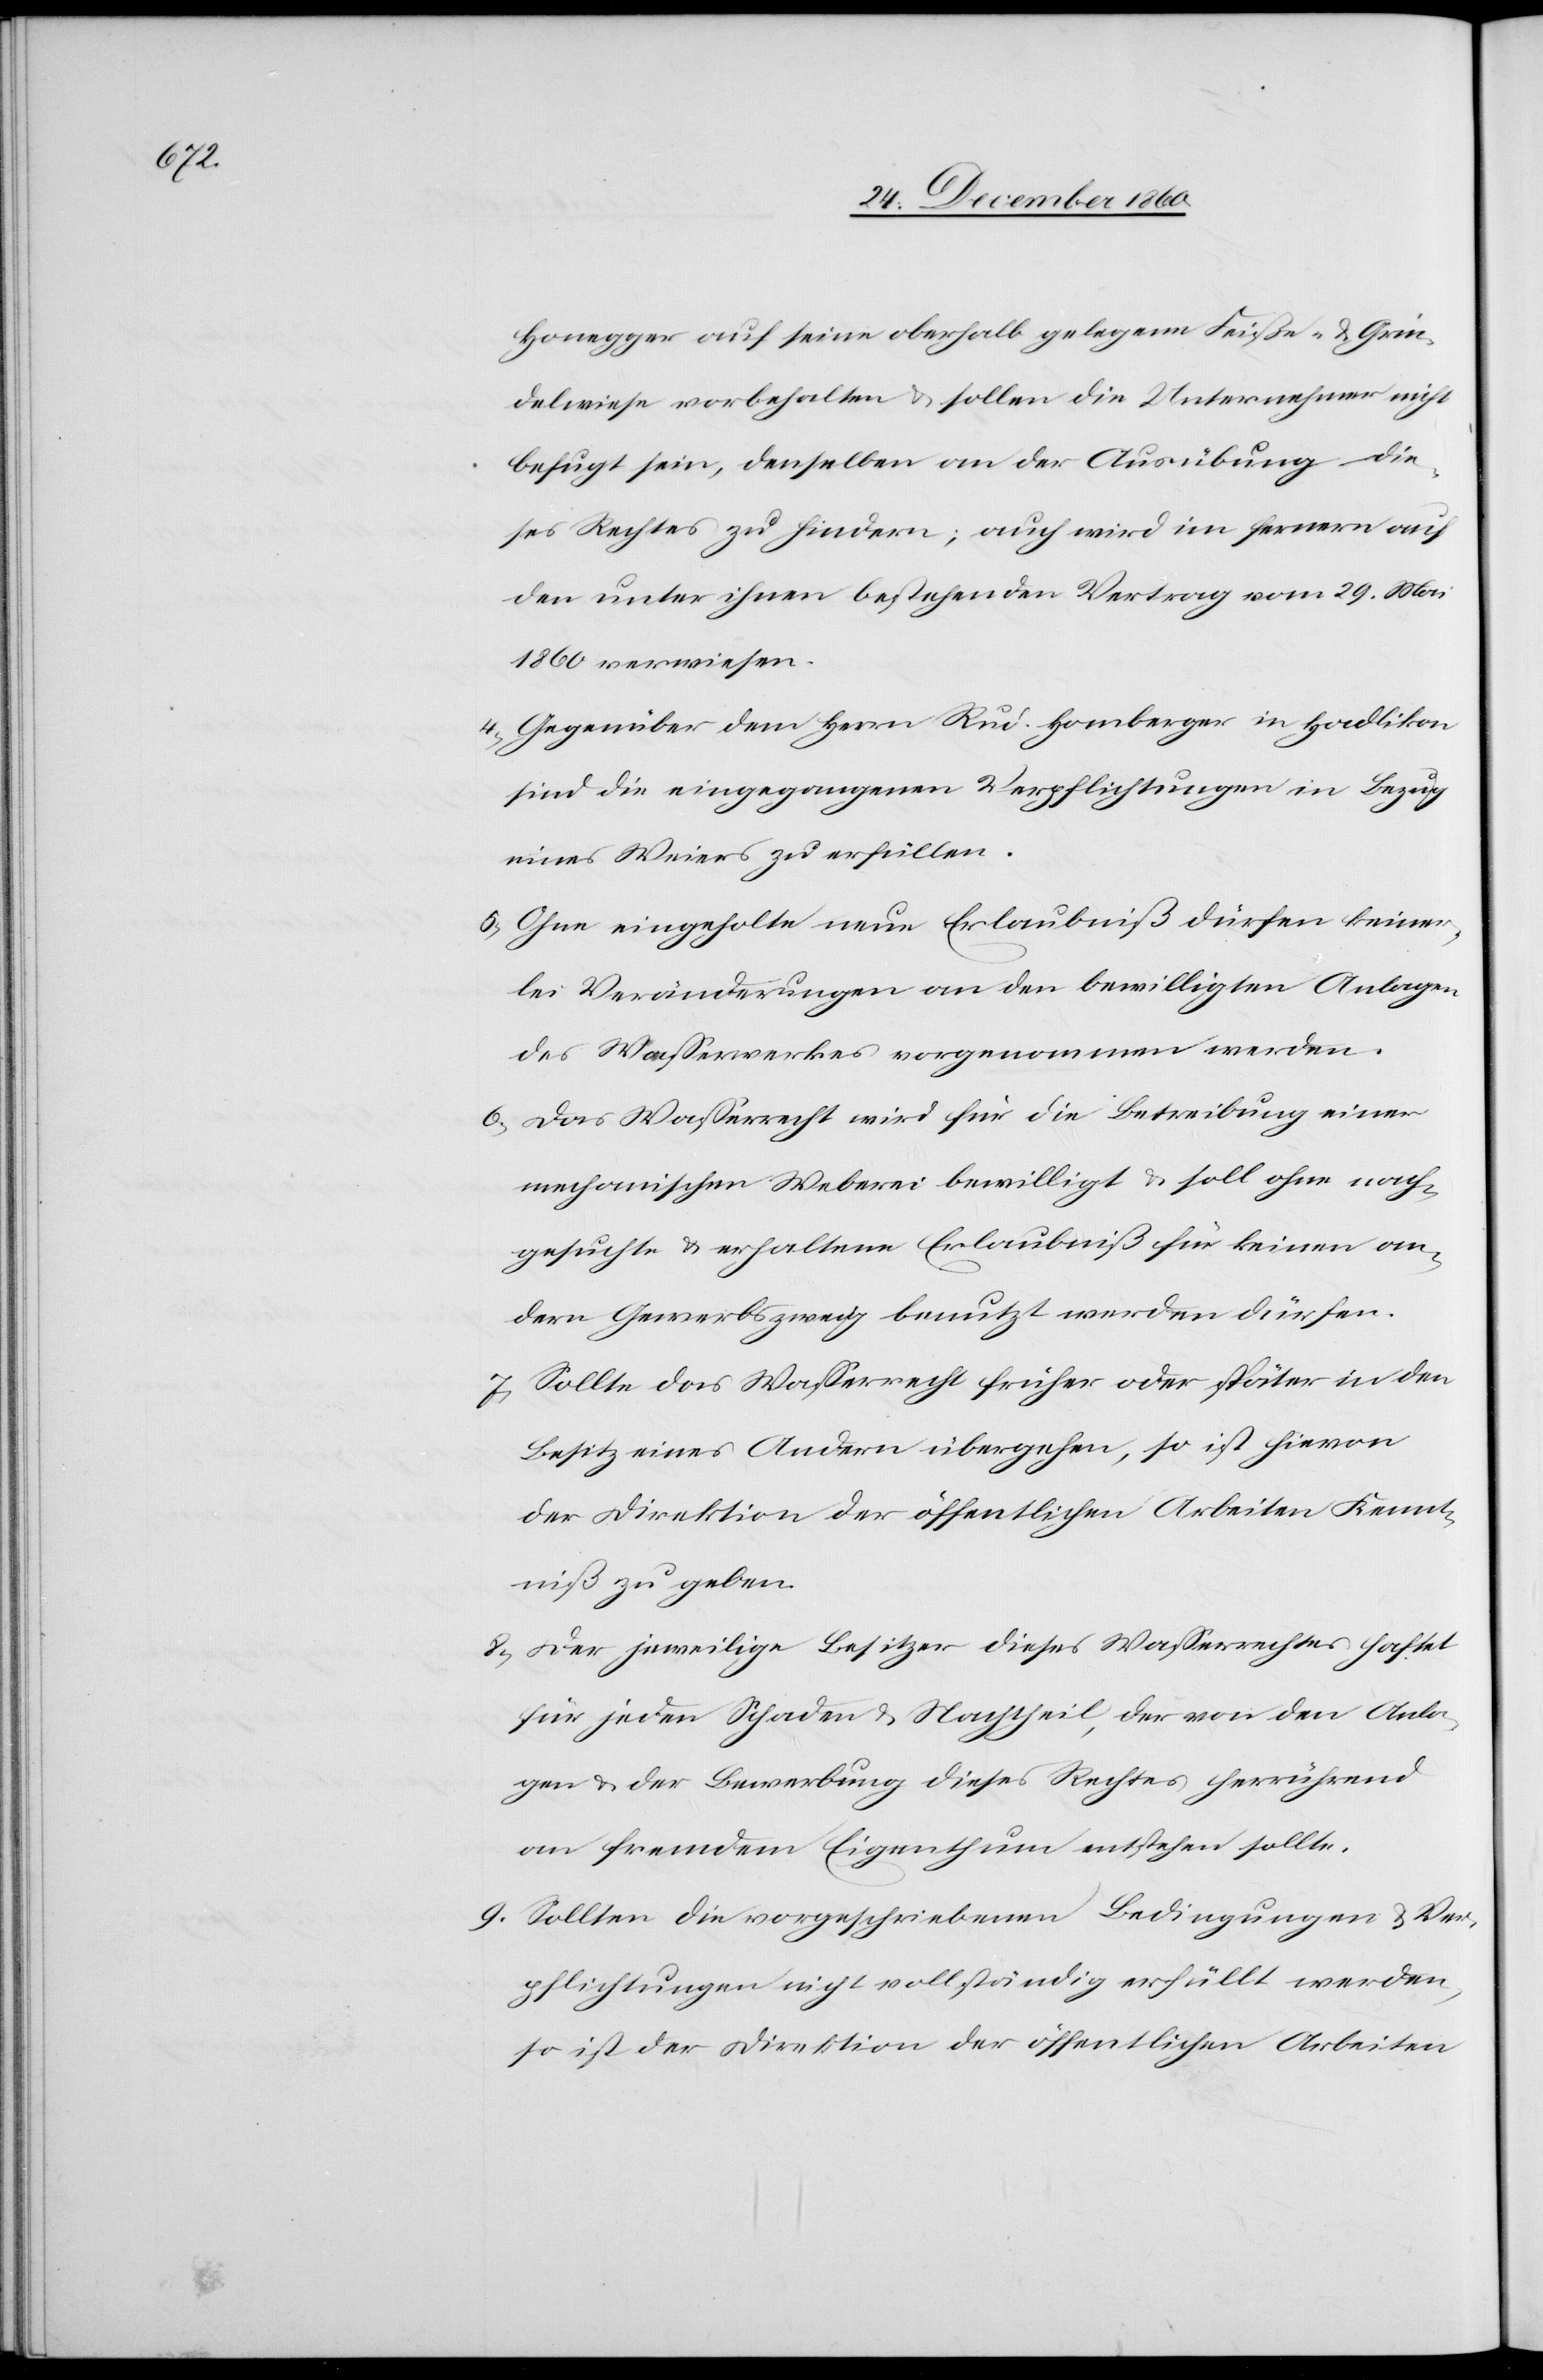
Honegger auf seine oberhalb gelegene Feiße- u. Grin¬
delwiese vorbehalten u. sollen die Unternehmer nicht
befugt sein, denselben an der Ausübung die¬
ses Rechtes zu hindern; auch wird im fernern auf
den unter ihnen bestehenden Vertrag vom 29. Mai
1860 verwiesen.
4. Gegenüber dem Herrn Rud. Homberger in Hadlikon
sind die eingegangenen Verpflichtungen in Bezug
eines Weiers zu erfüllen.
5. Ohne eingeholte neue Erlaubniß dürfen keiner¬
lei Veränderungen an den bewilligten Anlagen
des Wasserwerkes vorgenommen werden.
6. Das Wasserrecht wird für die Betreibung einer
mechanischen Weberei bewilligt u. soll ohne nach¬
gesuchte u. erhaltene Erlaubniß für keinen an¬
dern Gewerbszweig benutzt werden dürfen.
7. Sollte das Wasserrecht früher oder später in den
Beitz eines Andern übergehen, so ist hievon
der Direktion der öffentlichen Arbeiten Kennt¬
niß zu geben.
8. Der jeweilige Besitzer dieses Wasserrechtes haftet
für jeden Schaden u. Nachtheil, der von den Anla¬
gen u. der Bewerbung dieses Rechtes herrührend
an fremdem Eigenthum entstehen sollte.
9. Sollten die vorgeschriebenen Bedingungen u. Ver¬
pflichtungen nicht vollständig erfüllt werden,
so ist der Direktion der öffentlichen Arbeiten